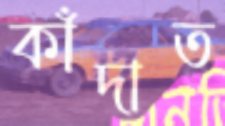
কাঁদাত